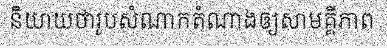
និយាយថារូបសំណាកតំណាងឲ្យសាមគ្គីភាព